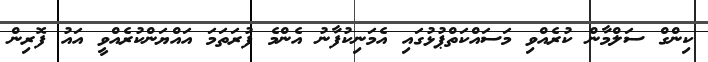
ކިންގް ސަލްމާން ކުރެއްވި މަސައްކަތްޕުޅުގައި އެމަނިކުފާނު އެންމެ ފުރަތަމަ އައްޔަންކުރެއްވީ އައު ފޮރިން